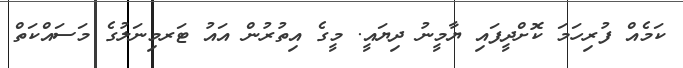
ކަމެއް ފުރިހަމަ ކޮށްދީފައި ޔާމީނު ދިޔައީ. މީގެ އިތުރުން އައު ޓަރމިނަލުގެ މަސައްކަތް